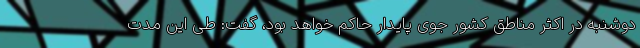
دوشنبه در اکثر مناطق کشور جوی پایدار حاکم خواهد بود، گفت: طی این مدت